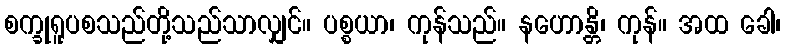
စက္ခုရူပစသည်တို့သည်သာလျှင်။ ပစ္စယာ၊ ကုန်သည်။ နဟောန္တိ၊ ကုန်။ အထ ခေါ၊